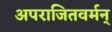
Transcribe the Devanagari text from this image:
अपराजितवर्मन्